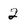
Character: 2